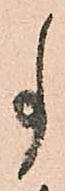
事